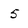
Character: 5